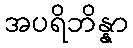
အပရိဘိန္နာ